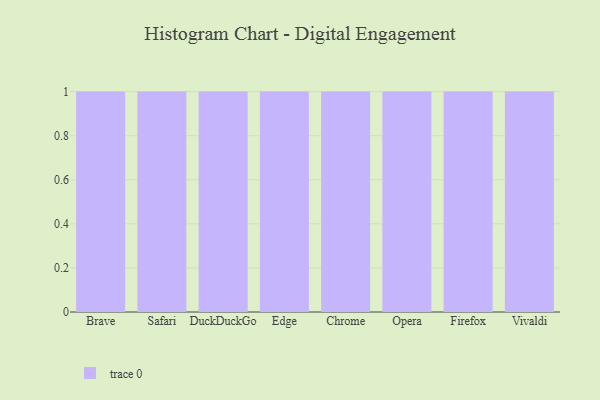
{"axis": {"x": "Browser", "y": "Inventory Turnover"}, "legend": [""], "data": [{"x": "Brave", "y": 1, "type": ""}, {"x": "Safari", "y": 82, "type": ""}, {"x": "DuckDuckGo", "y": 100, "type": ""}, {"x": "Edge", "y": 38, "type": ""}, {"x": "Chrome", "y": 17, "type": ""}, {"x": "Opera", "y": 32, "type": ""}, {"x": "Firefox", "y": 44, "type": ""}, {"x": "Vivaldi", "y": 13, "type": ""}]}